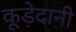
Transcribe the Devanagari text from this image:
कूड़ेदानी